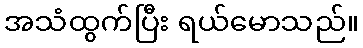
အသံထွက်ပြီး ရယ်မောသည်။